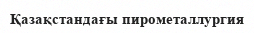
Қазақстандағы пирометаллургия